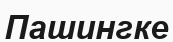
Пашингке